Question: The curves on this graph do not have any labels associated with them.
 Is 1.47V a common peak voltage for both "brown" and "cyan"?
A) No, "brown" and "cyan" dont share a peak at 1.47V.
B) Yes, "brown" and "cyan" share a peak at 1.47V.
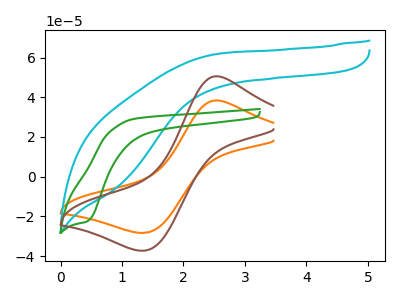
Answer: <think>The orange curve "orange" has an anodic peak at (2.55V, 38.40uA) and a cathodic peak at (1.35V, -28.25uA). The cyan curve "cyan" has no peaks. The green curve "green" has a cathodic peak at: (0.45V, -22.50uA). The brown curve "brown" has an anodic peak at (2.55V, 50.55uA) and a cathodic peak at (1.35V, -37.20uA).</think>
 <answer>A) No, "brown" and "cyan" dont share a peak at 1.47V.</answer>
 <eval>A</eval>